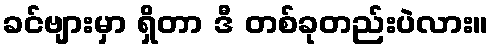
ခင်ဗျားမှာ ရှိတာ ဒီ တစ်ခုတည်းပဲလား။